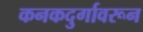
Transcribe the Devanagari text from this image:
कनकदुर्गावरून